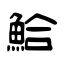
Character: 鮯